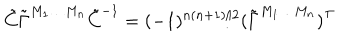
\tilde { C } \tilde { \Gamma } ^ { M _ { 1 } \ldots M _ { n } } \tilde { C } ^ { - 1 } = ( - 1 ) ^ { n ( n + 1 ) / 2 } ( \tilde { \Gamma } ^ { M _ { 1 } \ldots M _ { n } } ) ^ { \top }